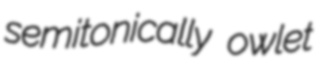
semitonically owlet